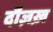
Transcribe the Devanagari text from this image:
दौज़ख़